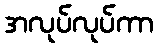
အလုပ်လုပ်ကာ